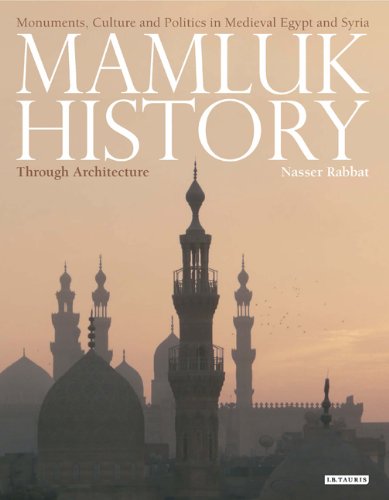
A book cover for Mamluk History Through Architecture: Monuments, Culture and Politics in Medieval Egypt and Syria (Library of Middle East History); Nasser Rabbat; History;